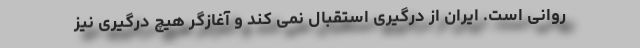
روانی است. ایران از درگیری استقبال نمی کند و آغازگر هیچ درگیری نیز